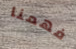
فهمنا